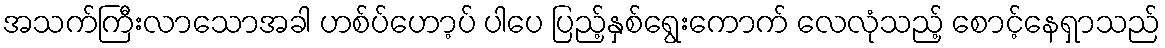
အသက်ကြီးလာသောအခါ ဟစ်ပ်ဟော့ပ် ပါပေ ပြည့်နှစ်ရွေးကောက် လေလုံသည့် စောင့်နေရှာသည်